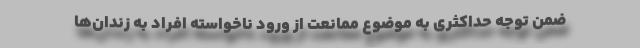
ضمن توجه حداکثری به موضوع ممانعت از ورود ناخواسته افراد به زندان‌ها